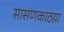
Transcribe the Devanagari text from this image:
सासणकाठय़ा